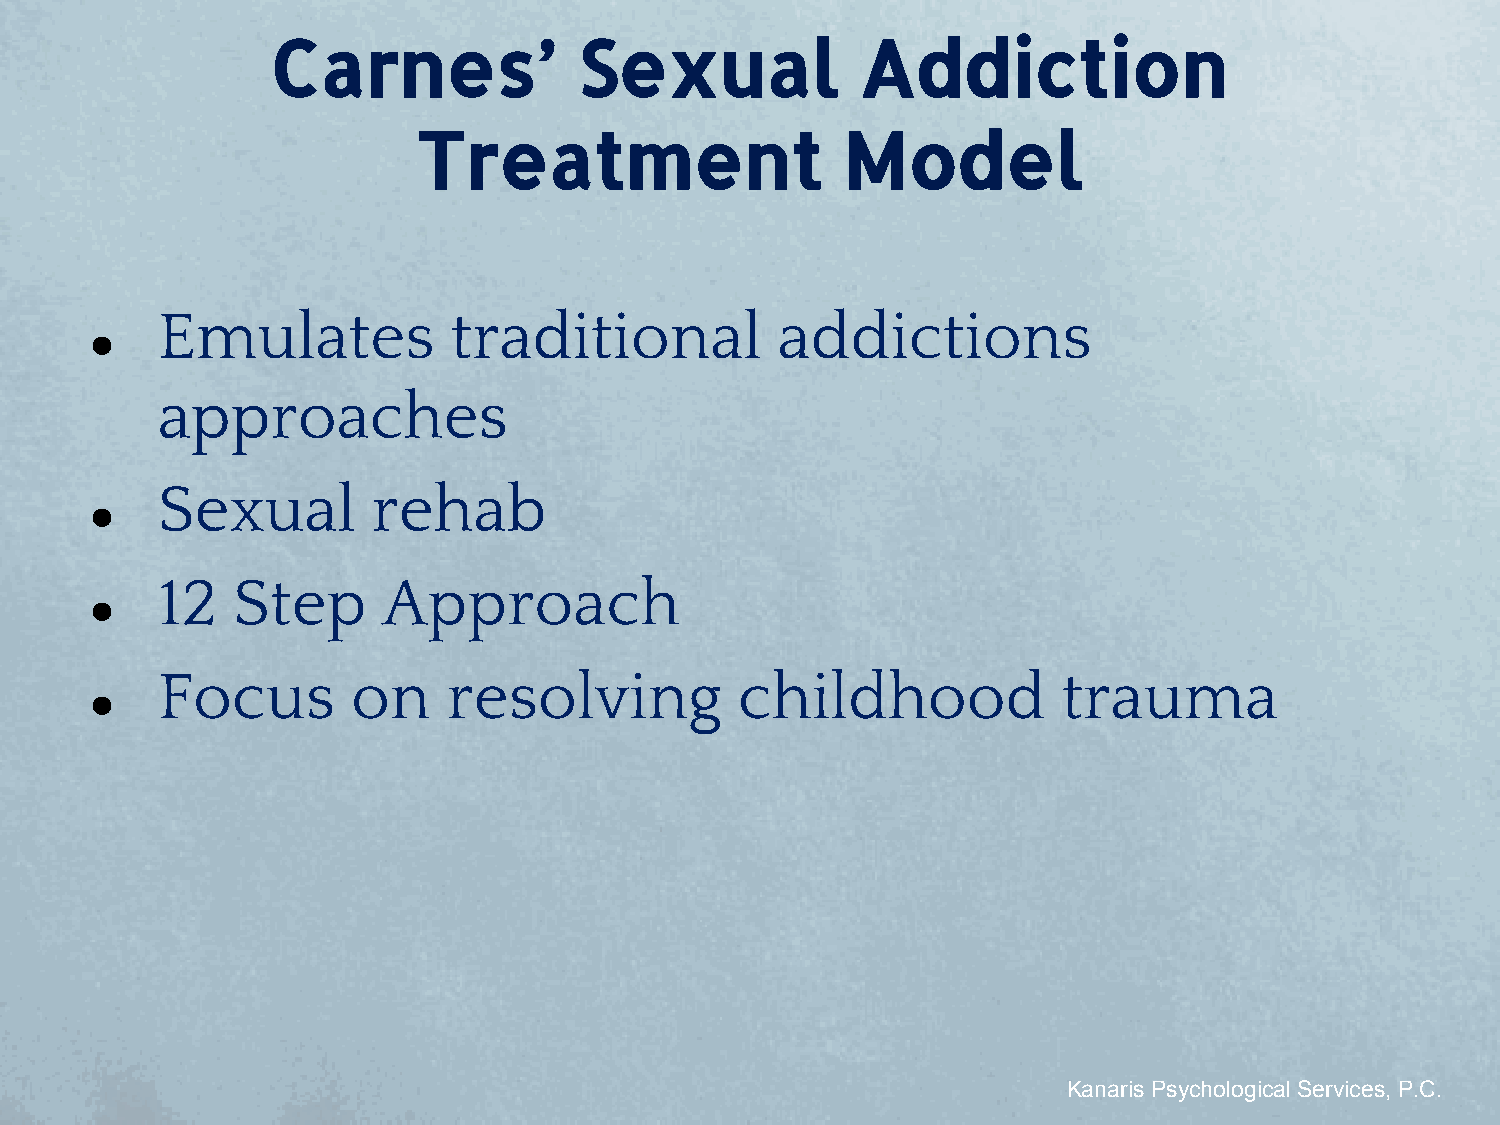
Carnes’             Sexual             Addiction
 Treatment                   Model
 Emulates            traditional          addictions
 ●
 approaches
 Sexual         rehab
 ●
 12   Step      Approach
 ●
 Focus        on     resolving          childhood            trauma
 ●
 Kanaris Psychological Services, P.C.